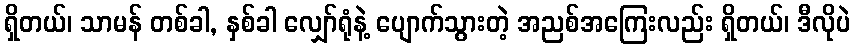
ရှိတယ်၊ သာမန် တစ်ခါ, နှစ်ခါ လျှော်ရုံနဲ့ ပျောက်သွားတဲ့ အညစ်အကြေးလည်း ရှိတယ်၊ ဒီလိုပဲ